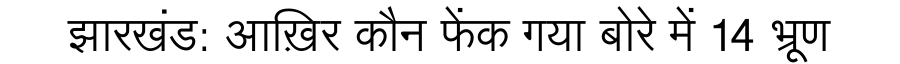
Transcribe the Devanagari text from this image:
झारखंड: आख़िर कौन फेंक गया बोरे में 14 भ्रूण